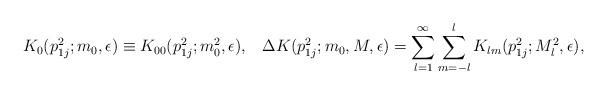
LaTeX: \begin{align*}K_{0}(p_{1j}^{2};m_{0},\epsilon) \equiv K_{00}(p_{1j}^{2};m_{0}^{2},\epsilon), \; \; \; \Delta K (p_{1j}^{2};m_{0},M,\epsilon)=\sum_{l=1}^{\infty} \sum_{m=-l}^{l} K_{lm}(p_{1j}^{2};M_{l}^{2},\epsilon) ,\end{align*}